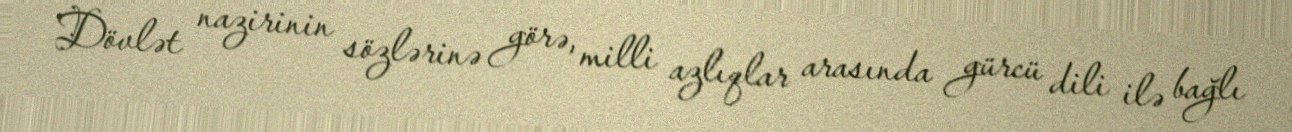
Dövlət nazirinin sözlərinə görə, milli azlıqlar arasında gürcü dili ilə bağlı